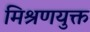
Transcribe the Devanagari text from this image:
मिश्रणयुक्त